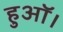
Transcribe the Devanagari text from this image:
हुऑ।